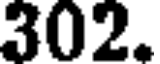
302.